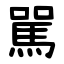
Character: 駡